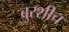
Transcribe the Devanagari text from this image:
बुरशीच